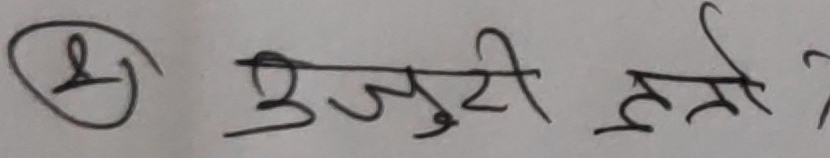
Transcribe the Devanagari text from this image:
8 उजुरी हो ?